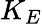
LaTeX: K_{E}